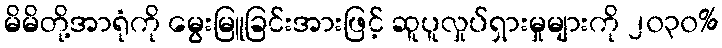
မိမိတို့အာရုံကို မွေးမြူခြင်းအားဖြင့် ဆူပူလှုပ်ရှားမှုများကို ၂၀၃၀%